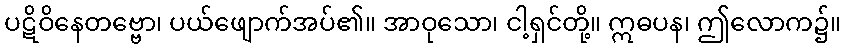
ပဋိဝိနေတဗ္ဗော၊ ပယ်ဖျောက်အပ်၏။ အာဝုသော၊ ငါ့ရှင်တို့။ ဣဓပန၊ ဤလောက၌။